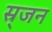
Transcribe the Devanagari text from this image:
स्र्जन